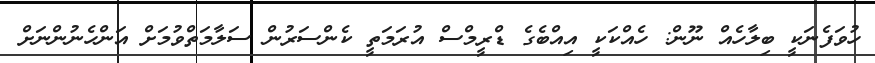
ހުވަފެނަކީ ބިލާހެއް ނޫން: ހެއްކަކީ އިއްބެގެ ޑްރީމްސް އުރަމަތީ ކެންސަރުން ސަލާމަތްވުމަށް އަންހެނުންނަށް